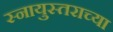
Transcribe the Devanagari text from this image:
स्नायुस्तराच्या